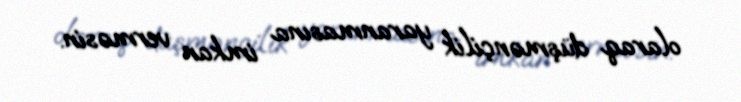
olaraq düşmənçilik yaranmasına imkan verməsin.